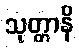
သုတ္တာနိ